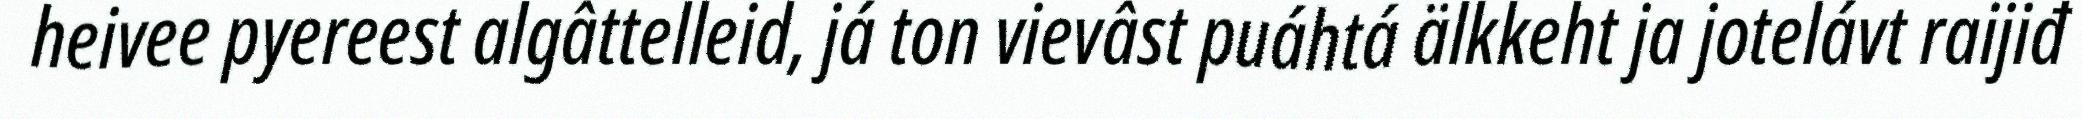
heivee pyereest algâttelleid, já ton vievâst puáhtá älkkeht ja jotelávt raijiđ